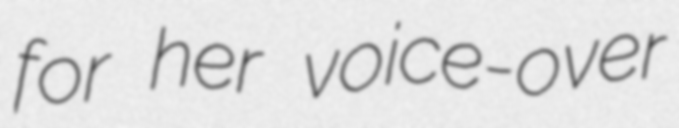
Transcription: for her voice-over